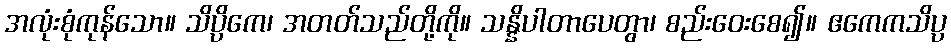
အလုံးစုံကုန်သော။ သိပ္ပိကေ၊ အတတ်သည်တို့ကို။ သန္နိပါတာပေတွာ၊ စည်းဝေးစေ၍။ ဧကေကသိပ္ပ